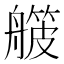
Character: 𬜛